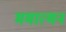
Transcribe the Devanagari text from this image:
ममात्मन